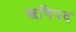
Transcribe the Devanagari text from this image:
ऋषिपद